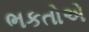
ભકતોએ